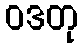
ဝဒတု